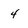
Character: 4